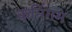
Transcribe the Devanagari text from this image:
कनिंगम